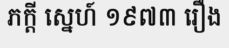
ភក្តី ស្នេហ៍ ១៩៧៣ រឿង